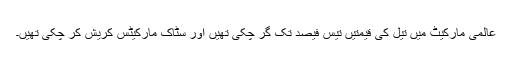
عالمی مارکیٹ میں تیل کی قیمتیں تیس فیصد تک گر چکی تھیں اور سٹاک مارکیٹس کریش کر چکی تھیں۔